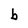
Character: b